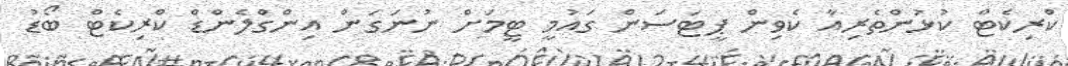
ކްރިކެޓް ކުޅުންތެރިއާ ކެވިން ޕީޓަސަން ގައުމީ ޓީމަށް ނުނަގަން އިންގްލެންޑް ކްރިކެޓް ބޯޑު